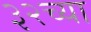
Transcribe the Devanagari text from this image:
३२च्या